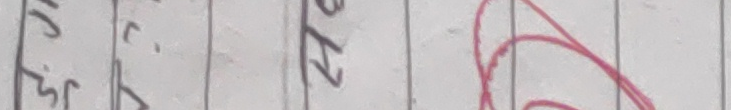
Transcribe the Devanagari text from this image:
जि नि भ २२